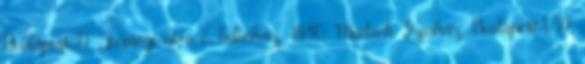
Budapest.II. Jurányi utca 6. lakóház. 1940. Madách Színház. Budapest.VII.